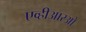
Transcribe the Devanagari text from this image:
एव्हीआरओ